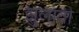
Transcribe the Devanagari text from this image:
झुलाती